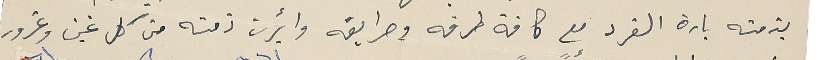
بذمته بارة الفرد مع كافة طرقه وطرايقه وأبرت ذمته من كل غبن وغرور